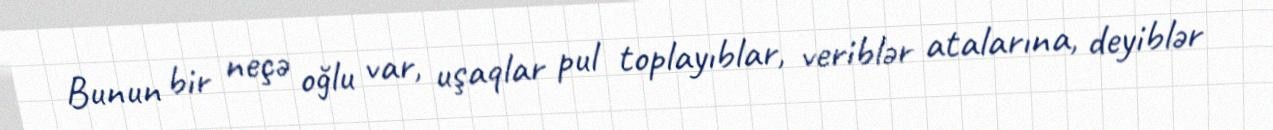
Bunun bir neçə oğlu var, uşaqlar pul toplayıblar, veriblər atalarına, deyiblər